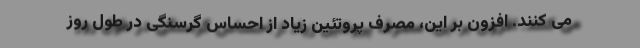
می کنند. افزون بر این، مصرف پروتئین زیاد از احساس گرسنگی در طول روز